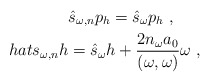
\begin{align*}\hat{s}_{\omega ,n}p_h=\hat{s}_\omega p_h\ ,\ \ \ \ \ \\hat{s}_{\omega ,n}h=\hat{s}_\omega h + \frac{2n_\omega a_0}{(\omega,\omega )}\omega \ ,\end{align*}